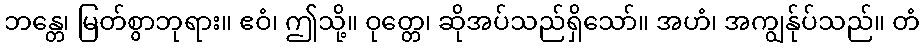
ဘန္တေ၊ မြတ်စွာဘုရား။ ဧဝံ၊ ဤသို့။ ဝုတ္တေ၊ ဆိုအပ်သည်ရှိသော်။ အဟံ၊ အကျွန်ုပ်သည်။ တံ